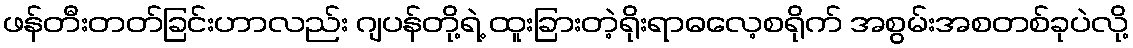
ဖန်တီးတတ်ခြင်းဟာလည်း ဂျပန်တို့ရဲ့ ထူးခြားတဲ့ရိုးရာဓလေ့စရိုက် အစွမ်းအစတစ်ခုပဲလို့